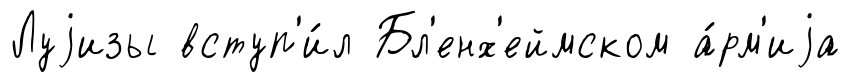
Луjизы вступ'и́л Бл'енх'еймском а́рм'иjа